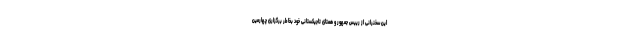
این سخنرانی از رییس جمهور و همتای تاجیکستانی خود بخاطر برگزاری چهارمین